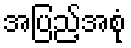
အပြည့်အစုံ